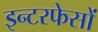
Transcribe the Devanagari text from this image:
इन्टरफेसों